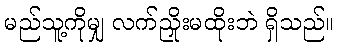
မည်သူ့ကိုမျှ လက်ညှိုးမထိုးဘဲ ရှိသည်။